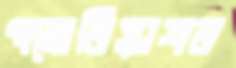
পয়োনিষ্কাশন